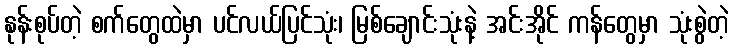
နုန်းစုပ်တဲ့ စက်တွေထဲမှာ ပင်လယ်ပြင်သုံး၊ မြစ်ချောင်းသုံးနဲ့ အင်းအိုင် ကန်တွေမှာ သုံးစွဲတဲ့